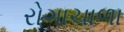
રોગાચાળા